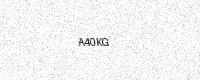
Text: A40KG